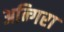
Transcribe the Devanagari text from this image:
अन्गिरा